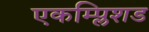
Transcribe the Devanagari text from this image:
एकम्प्लिशड